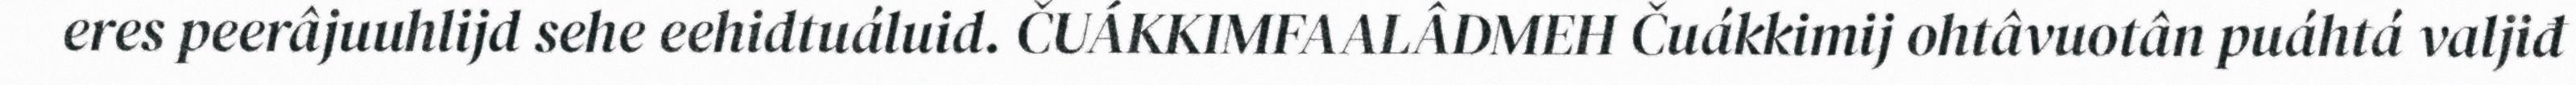
eres peerâjuuhlijd sehe eehidtuáluid. ČUÁKKIMFAALÂDMEH Čuákkimij ohtâvuotân puáhtá valjiđ